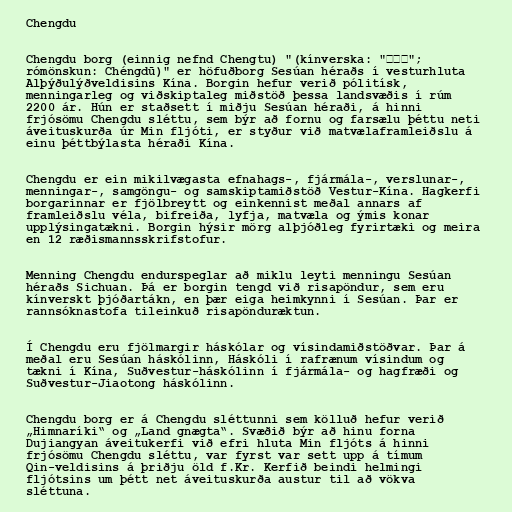
Chengdu

Chengdu borg (einnig nefnd Chengtu) "(kínverska: "成都市";
rómönskun: Chéngdū)" er höfuðborg Sesúan héraðs í vesturhluta
Alþýðulýðveldisins Kína. Borgin hefur verið pólitísk,
menningarleg og viðskiptaleg miðstöð þessa landsvæðis í rúm
2200 ár. Hún er staðsett í miðju Sesúan héraði, á hinni
frjósömu Chengdu sléttu, sem býr að fornu og farsælu þéttu neti
áveituskurða úr Min fljóti, er styður við matvælaframleiðslu á
einu þéttbýlasta héraði Kína.

Chengdu er ein mikilvægasta efnahags-, fjármála-, verslunar-,
menningar-, samgöngu- og samskiptamiðstöð Vestur-Kína. Hagkerfi
borgarinnar er fjölbreytt og einkennist meðal annars af
framleiðslu véla, bifreiða, lyfja, matvæla og ýmis konar
upplýsingatækni. Borgin hýsir mörg alþjóðleg fyrirtæki og meira
en 12 ræðismannsskrifstofur.

Menning Chengdu endurspeglar að miklu leyti menningu Sesúan
héraðs Sichuan. Þá er borgin tengd við risapöndur, sem eru
kínverskt þjóðartákn, en þær eiga heimkynni í Sesúan. Þar er
rannsóknastofa tileinkuð risapönduræktun.

Í Chengdu eru fjölmargir háskólar og vísindamiðstöðvar. Þar á
meðal eru Sesúan háskólinn, Háskóli í rafrænum vísindum og
tækni í Kína, Suðvestur-háskólinn í fjármála- og hagfræði og
Suðvestur-Jiaotong háskólinn.

Chengdu borg er á Chengdu sléttunni sem kölluð hefur verið
„Himnaríki“ og „Land gnægta“. Svæðið býr að hinu forna
Dujiangyan áveitukerfi við efri hluta Min fljóts á hinni
frjósömu Chengdu sléttu, var fyrst var sett upp á tímum
Qin-veldisins á þriðju öld f.Kr. Kerfið beindi helmingi
fljótsins um þétt net áveituskurða austur til að vökva
sléttuna.